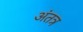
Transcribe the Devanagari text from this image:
अंतत्र